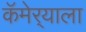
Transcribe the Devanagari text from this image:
कॅमेर्‍याला